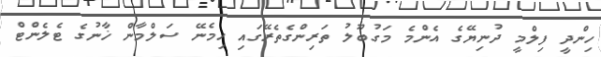
ހިންދީ ފިލްމީ ދުނިޔޭގެ އެންމެ މަގުބޫލު ތަރިންގެތެރޭގައި ހިމެނޭ ސަލްމާން ޚާނުގެ ޓެލެންޓް